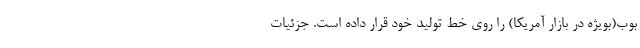
بوب(بویژه در بازار آمریکا) را روی خط تولید خود قرار داده است. جزئیات